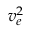
v _ { e } ^ { 2 }